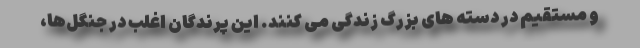
و مستقیم در دسته های بزرگ زندگی می کنند. این پرندگان اغلب در جنگل‌ها،